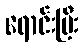
ရောင်းပြီး